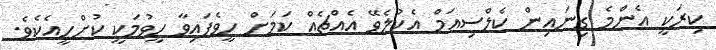
ކިރަކީ އެންމެ ގިނައިން ކެލްސިއަމް އެކުލެވޭ އެއްޗެއް ކަމަށް ހީވެފައިވާ ހީވުމަކީ ކުށްހީއެކެވެ.